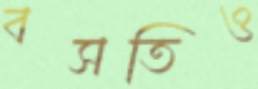
বসতিও